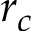
r _ { c }